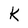
Character: k